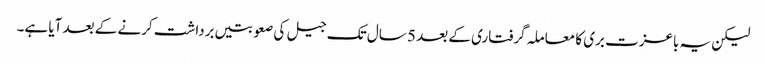
لیکن یہ باعزت بری کا معاملہ گرفتاری کے بعد 5 سال تک جیل کی صعوبتیں برداشت کرنے کے بعد آیا ہے۔